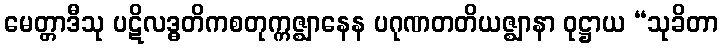
မေတ္တာဒီသု ပဋိလဒ္ဓတိကစတုက္ကဇ္ဈာနေန ပဂုဏတတိယဇ္ဈာနာ ဝုဋ္ဌာယ “သုခိတာ